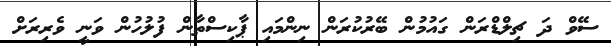
ސޭވް ދަ ޗިލްޑްރަން ގައުމުން ބޭރުކުރަން ނިންމައި ޕާކިސްތާން ފުލުހުން ވަނީ ވެރިރަށް